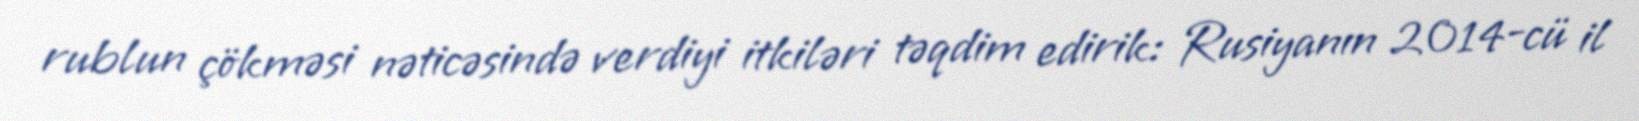
rublun çökməsi nəticəsində verdiyi itkiləri təqdim edirik: Rusiyanın 2014-cü il